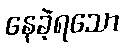
နေခဲ့ရသော